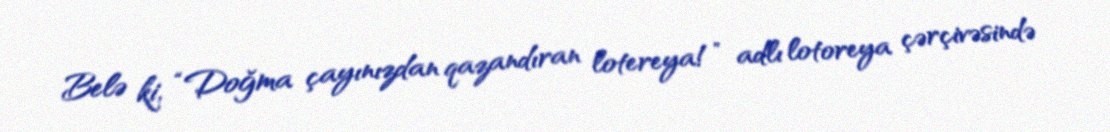
Belə ki, “Doğma çayınızdan qazandıran lotereya!” adlı lotoreya çərçivəsində